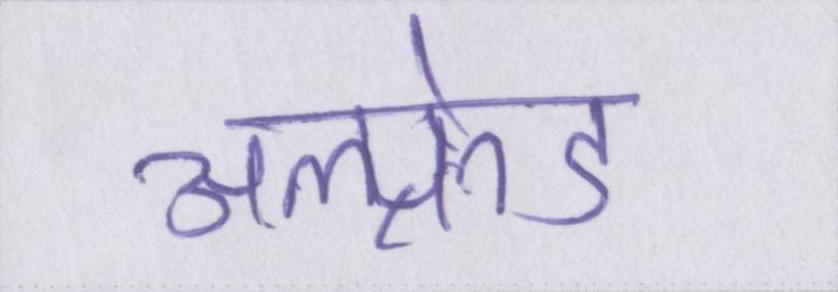
अल्फ्रेड